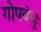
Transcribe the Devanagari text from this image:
गोपबंधुः